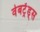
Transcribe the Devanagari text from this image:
वेबट्रेंड्स